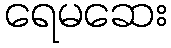
ရေမဆေး